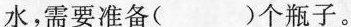
水，需要准备( )个瓶子。